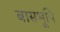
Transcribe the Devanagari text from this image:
बासभूमि